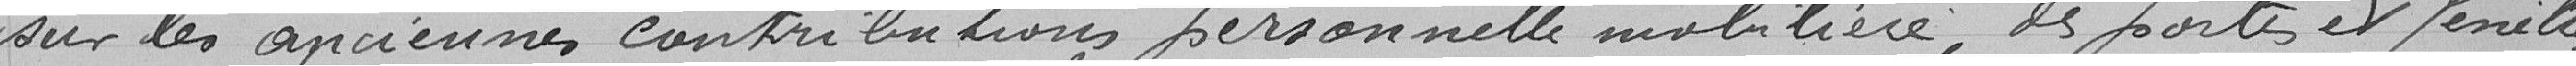
sur les anciennes contributions personnelles mobilières, des portes et fenêtres